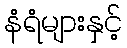
နံရံများနှင့်